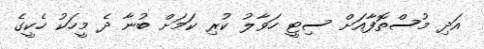
އަދި މުސްތޮފާއަށް ސިޓީ ހަވާލު ކުރި ކަމަށް ބުނާ ދެ މީހަކު ހެކީގެ